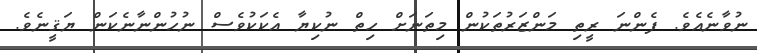
ނުވާނެއެވެ. ފެންނަ ރީތި މަންޒަރުތަކުން މިތަނަށް ހިތް ނުކިޔާ އެކަކުވެސް ނުހުންނާނެކަން ޔަޤީނެވެ.